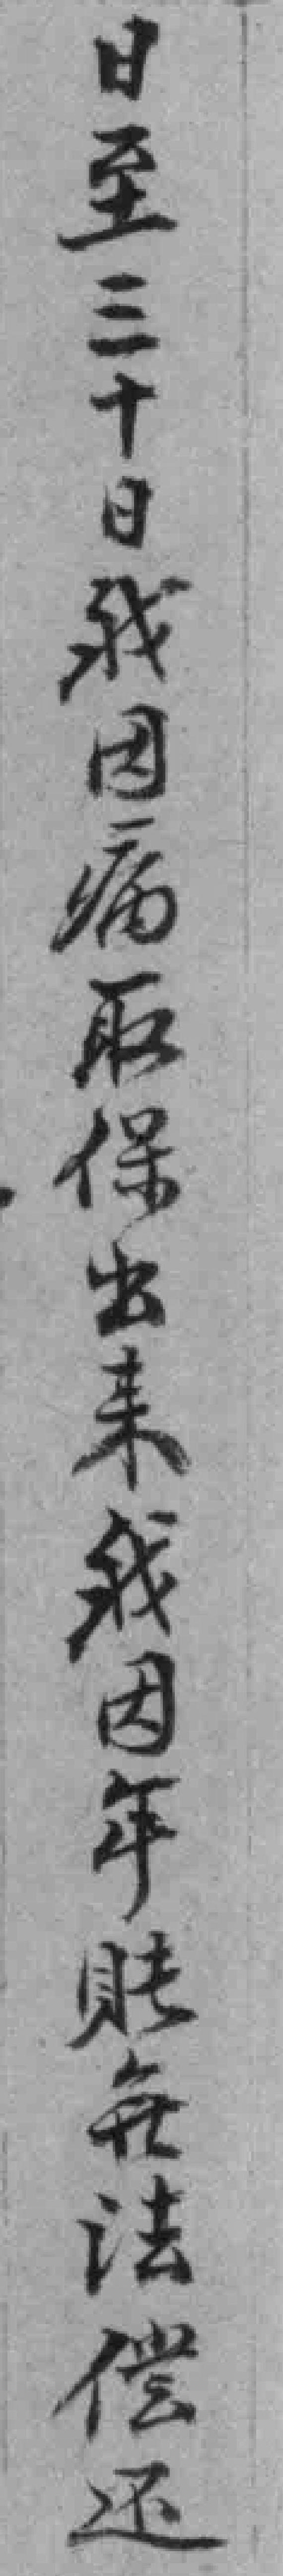
日至三十日我因痛取保出来我因年賬每法偿还